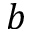
b